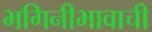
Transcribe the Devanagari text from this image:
भगिनीभावाची